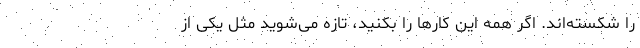
را شکسته‌اند. اگر همه این کارها را بکنید، تازه می‌شوید مثل یکی از